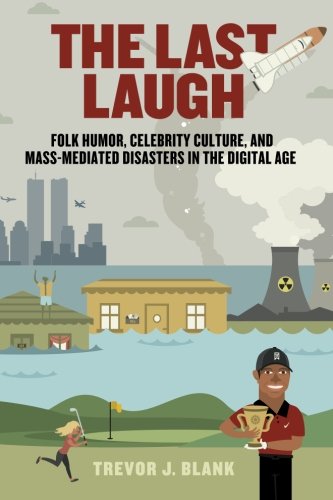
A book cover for The Last Laugh: Folk Humor, Celebrity Culture, and Mass-Mediated Disasters in the Digital Age (Folklore Studies in a Multicultural World); Trevor J. Blank; Humor & Entertainment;